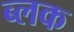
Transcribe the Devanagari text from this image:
ब्लक